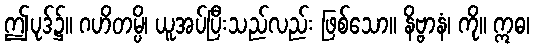
ဤပုဒ်၌။ ဂဟိတမ္ပိ၊ ယူအပ်ပြီးသည်လည်း ဖြစ်သော။ နိဗ္ဗာနံ၊ ကို။ ဣဓ၊